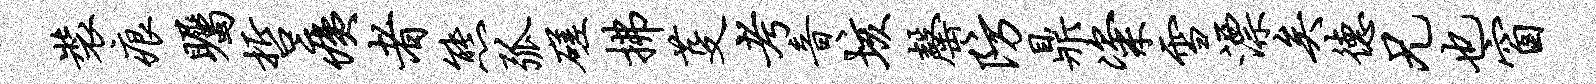
装痕瞩哲痍者熊弧磋拂芟考音垓罄防鼎粢雪漂矣德兄也窗